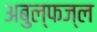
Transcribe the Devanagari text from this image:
अबुल्फज्ल